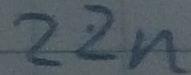
Text: 22n